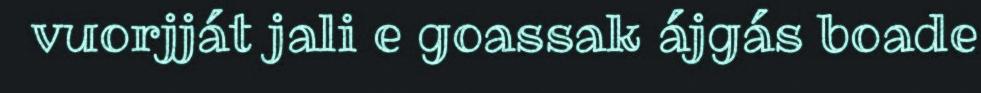
vuorjját jali e goassak ájgás boade